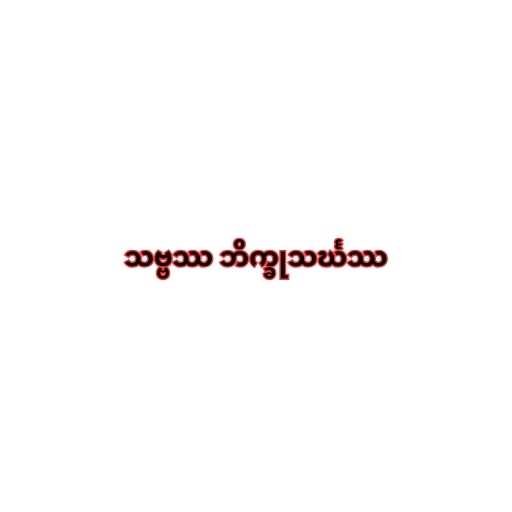
သဗ္ဗဿ ဘိက္ခုသင်္ဃဿ